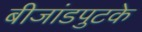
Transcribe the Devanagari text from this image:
बीजांडपुटके